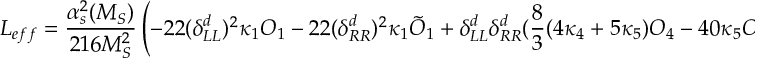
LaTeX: { \cal L } _ { e f f } = \frac { \alpha _ { s } ^ { 2 } ( M _ { S } ) } { 2 1 6 M _ { S } ^ { 2 } } \left( - 2 2 ( \delta _ { L L } ^ { d } ) ^ { 2 } \kappa _ { 1 } { \cal O } _ { 1 } - 2 2 ( \delta _ { R R } ^ { d } ) ^ { 2 } \kappa _ { 1 } \tilde { { \cal O } } _ { 1 } + \delta _ { L L } ^ { d } \delta _ { R R } ^ { d } ( \frac { 8 } { 3 } ( 4 \kappa _ { 4 } + 5 \kappa _ { 5 } ) { \cal O } _ { 4 } - 4 0 \kappa _ { 5 } { \cal O } _ { 5 } ) + \mathrm { h . c . } \right) .